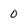
Character: 0